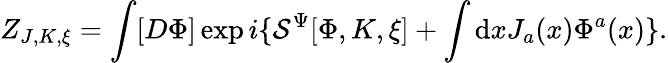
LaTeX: Z_{J,K,\xi}=\int[D\Phi]\exp i\{ {\cal S}^{\Psi}[\Phi,K,\xi]+\int\mathrm{d}xJ_{a}(x)\Phi^{a}(x)\} .